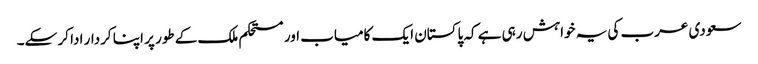
سعودی عرب کی یہ خواہش رہی ہے کہ پاکستان ایک کامیاب اور مستحکم ملک کے طور پر اپنا کردار ادا کر سکے۔